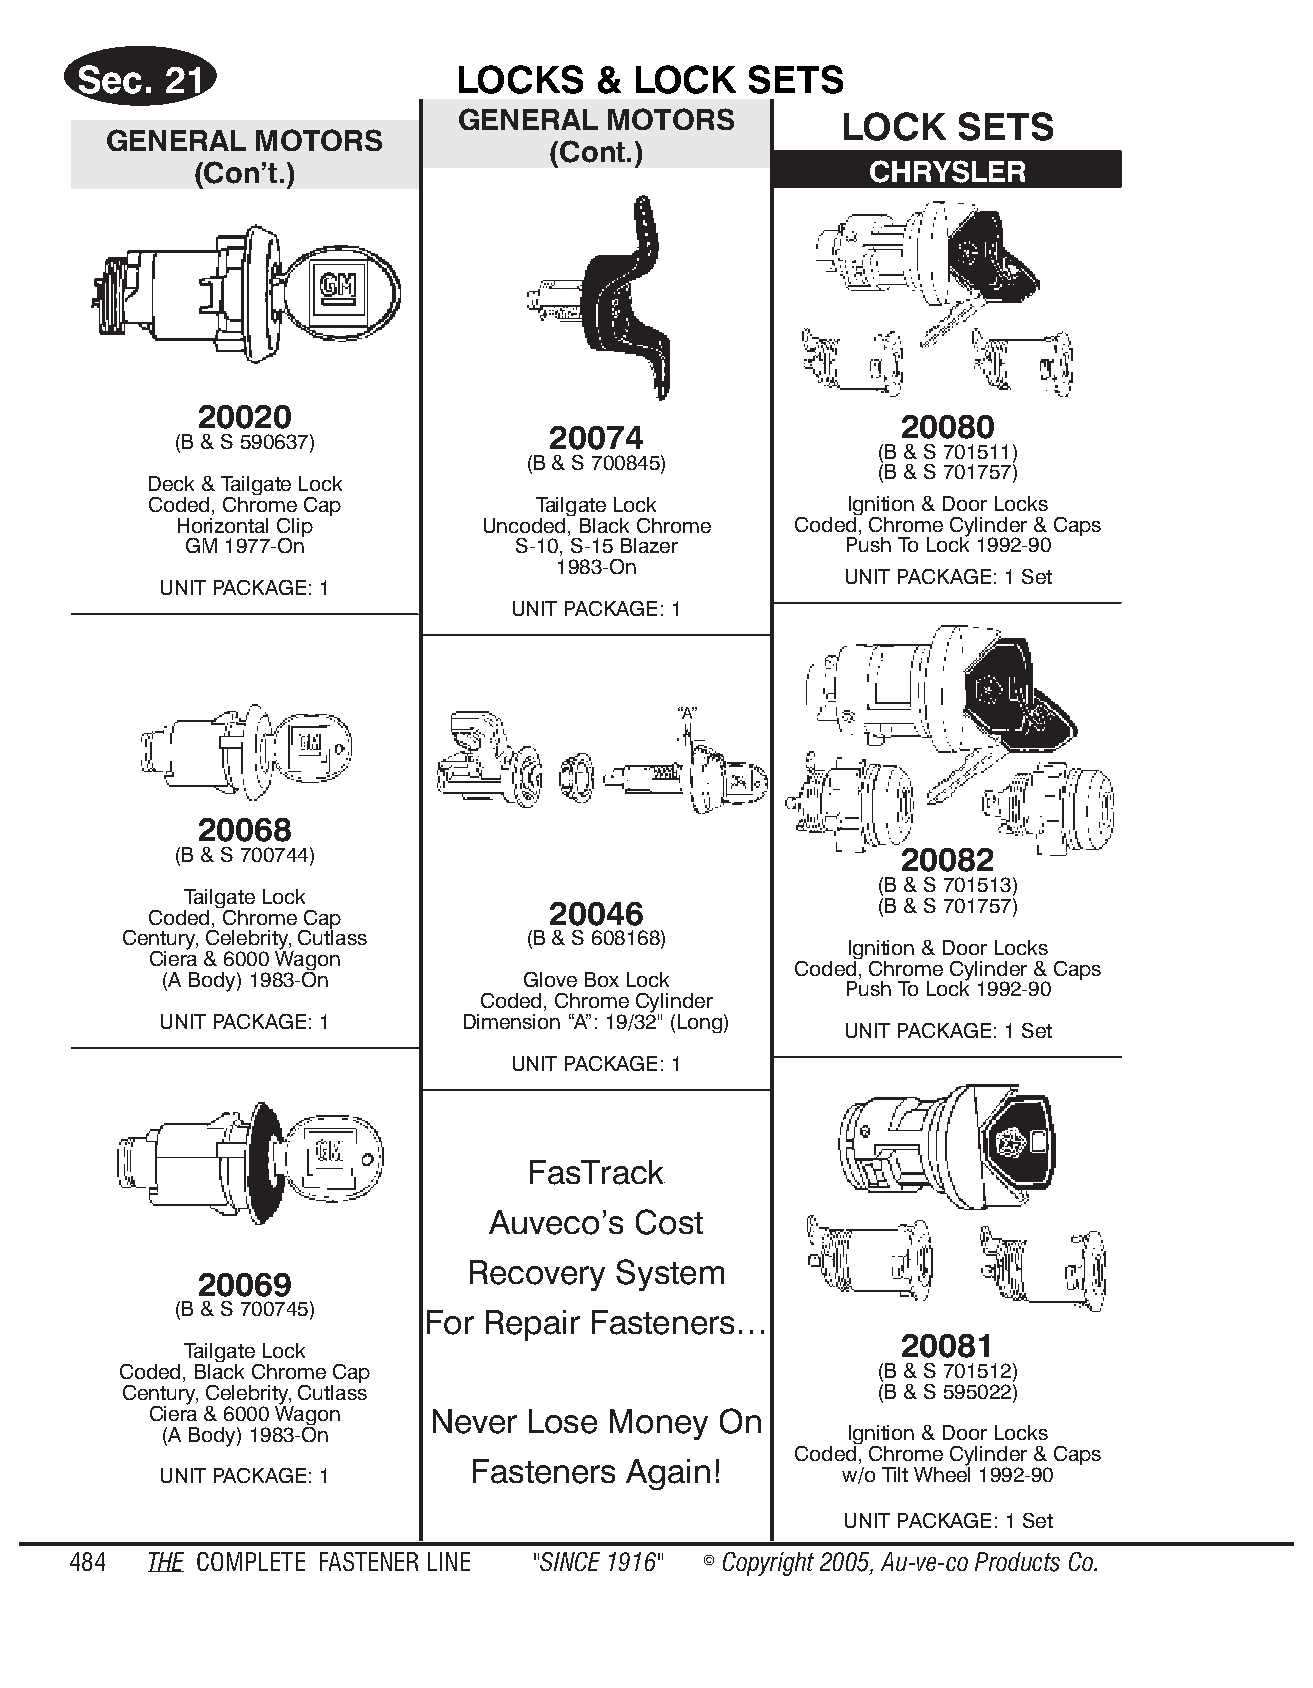
Sec.  21                 LOCKS     & LOCK    SETS
 GENERAL  MOTORS          LOCK    SETS
 GENERAL   MOTORS
 (Cont.)
 (Con’t.)                                     CHRYSLER
 20020
 20080
 20074
 (B & S 590637)
 (B & S 701511)
 (B & S 700845)
 (B & S 701757)
 Deck & Tailgate Lock
 Coded, Chrome Cap         Tailgate Lock       Ignition & Door Locks
 Horizontal Clip     Uncoded, Black Chrome Coded, Chrome Cylinder & Caps
 GM 1977-On            S-10, S-15 Blazer     Push To Lock 1992-90
 1983-On
 UNIT PACKAGE: 1 Set
 UNIT PACKAGE: 1
 UNIT PACKAGE: 1
 “A”
 20068
 (B & S 700744)                                  20082
 (B & S 701513)
 Tailgate Lock
 20046                (B & S 701757)
 Coded, Chrome Cap
 Century, Celebrity, Cutlass (B & S 608168)
 Ignition & Door Locks
 Ciera & 6000 Wagon
 Coded, Chrome Cylinder & Caps
 (A Body) 1983-On        Glove Box Lock
 Push To Lock 1992-90
 Coded, Chrome Cylinder
 UNIT PACKAGE: 1     Dimension “A”: 19/32" (Long)
 UNIT PACKAGE: 1 Set
 UNIT PACKAGE: 1
 FasTrack
 ®
 Auveco’s Cost
 Recovery  System
 20069
 (B & S 700745)
 For Repair Fasteners…
 20081
 Tailgate Lock
 Coded, Black Chrome Cap                           (B & S 701512)
 Century, Celebrity, Cutlass                       (B & S 595022)
 Ciera & 6000 Wagon Never Lose Money   On
 (A Body) 1983-On                             Ignition & Door Locks
 Coded, Chrome Cylinder & Caps
 Fasteners  Again!
 UNIT PACKAGE: 1                              w/o Tilt Wheel 1992-90
 UNIT PACKAGE: 1 Set
 484  THE COM PLETE FAST ENER LINE "SINCE 1916" © Copyr ight 2005, Au-ve-co Prod ucts Co.